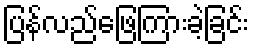
ပြန်လည်ဖြေကြားခဲ့ခြင်း